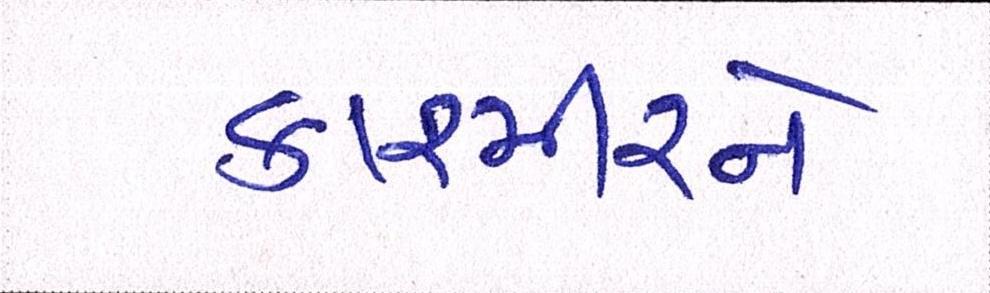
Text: કાશ્મીરને